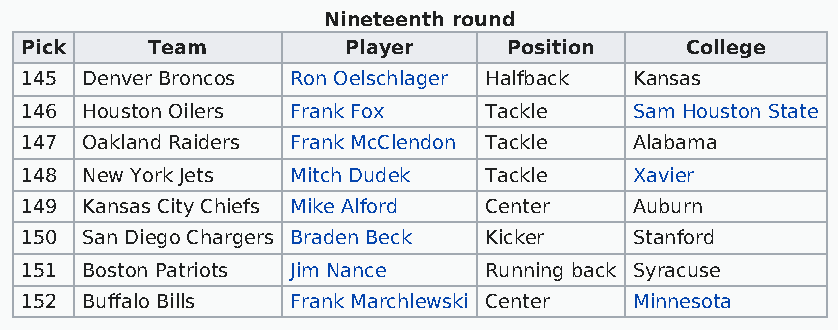
Nineteenth round
 Pick     Team         Player     Position   College
 145 Denver Broncos Ron Oelschlager Halfback Kansas
 146 Houston Oilers Frank Fox   Tackle    Sam Houston State
 147 Oakland Raiders Frank McClendon Tackle Alabama
 148 New York Jets Mitch Dudek  Tackle    Xavier
 149 Kansas City Chiefs Mike Alford Center Auburn
 150 San Diego Chargers Braden Beck Kicker Stanford
 151 Boston Patriots Jim Nance  Running back Syracuse
 152 Buffalo Bills Frank Marchlewski Center Minnesota